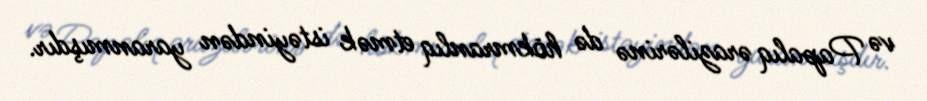
və Papalıq ərazilərinə də hökmranlıq etmək istəyindən yaranmışdır.